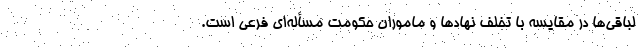
لباقی‌ها در مقایسه با تخلف نهادها و ماموران حکومت مسأله‌ای فرعی است.